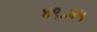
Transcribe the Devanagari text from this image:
४९॰७५